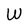
Character: W